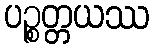
ပဉ္စတ္တယဿ